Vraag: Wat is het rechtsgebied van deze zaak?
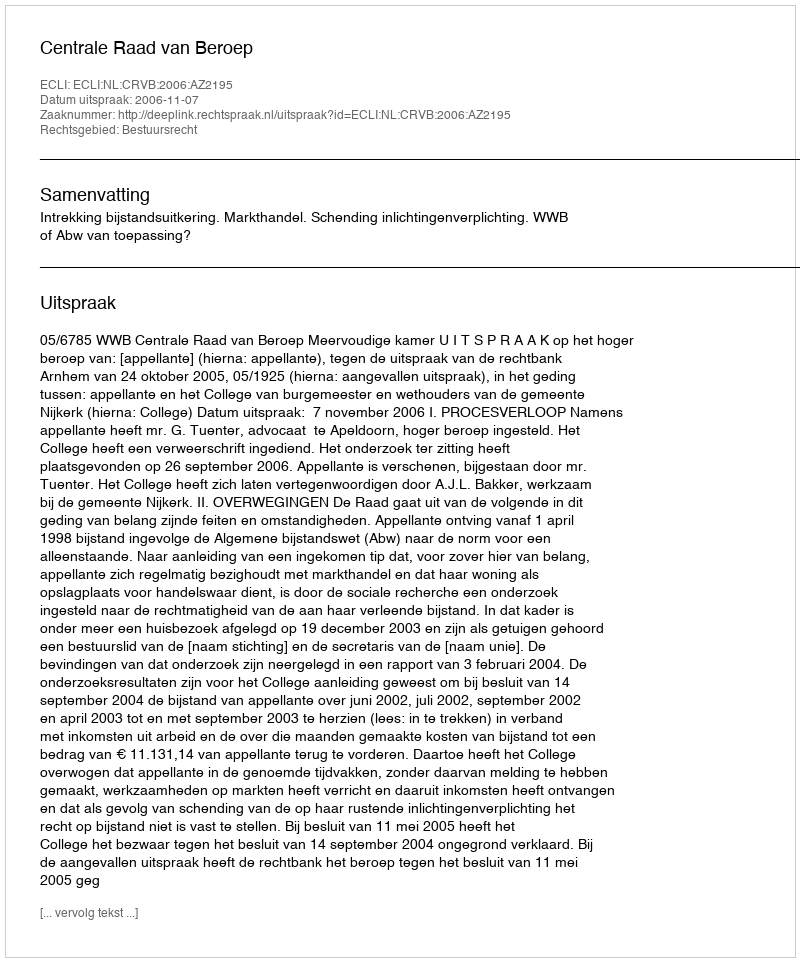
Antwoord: Bestuursrecht